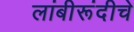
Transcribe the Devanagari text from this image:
लांबीरूंदीचे